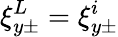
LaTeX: \xi_{y\pm}^{L}=\xi_{y\pm}^{i}